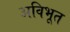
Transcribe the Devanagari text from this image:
अविभूत